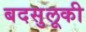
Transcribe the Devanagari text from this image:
बदसुलूकी